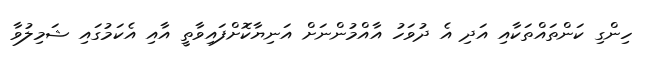
ހިންގި ކަންތައްތަކާއި އަދި އެ ދުވަހު އާއްމުންނަށް އަނިޔާކޮށްފައިވާތީ އާއި އެކަމުގައި ޝަމިލުވާ